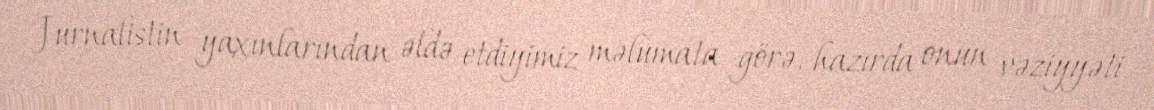
Jurnalistin yaxınlarından əldə etdiyimiz məlumata görə, hazırda onun vəziyyəti